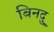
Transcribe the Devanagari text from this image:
बिनदु